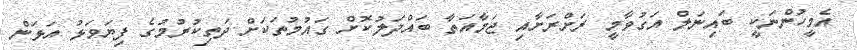
އެމީހުންނަކީ ބައިނަލް އަގުވާމީ ރަށްރަށާއި ޖަމާއަތާ ބައްދަލުކޮށް ގައުމުތަކަށް ދަތިކުރުމުގެ ފިޔަވަޅު އަޅަން